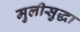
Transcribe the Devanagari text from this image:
मुलीसुद्धा